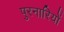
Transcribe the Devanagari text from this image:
पुरनारियों